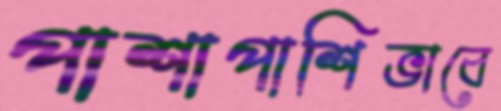
পাশাপাশিভাবে